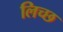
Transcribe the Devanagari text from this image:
लिच्छ